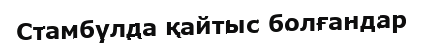
Стамбулда қайтыс болғандар